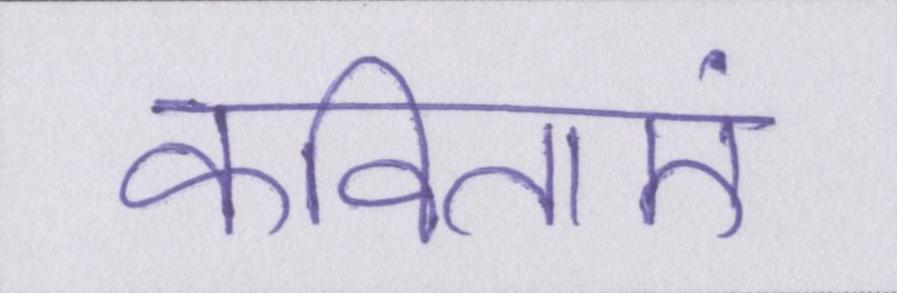
कविताएं